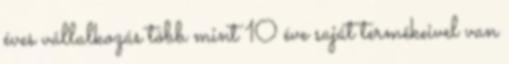
éves vállalkozás több mint 10 éve saját termékeivel van